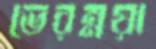
ভেরম্নয়া